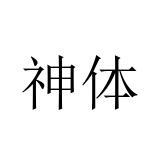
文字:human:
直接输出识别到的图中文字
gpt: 神体